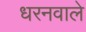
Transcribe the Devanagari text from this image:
धरनवाले